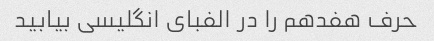
حرف هفدهم را در الفبای انگلیسی بیابید